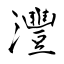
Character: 灃